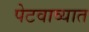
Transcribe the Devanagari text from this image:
पेटवाव्यात